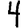
Digit: 4